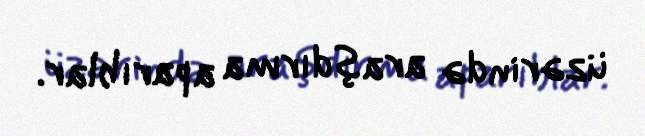
üzərində araşdırma aparıblar.